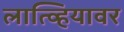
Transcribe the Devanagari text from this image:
लात्व्हियावर